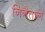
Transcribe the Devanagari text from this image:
निनैत्ताले